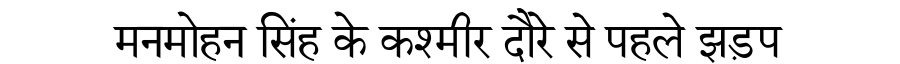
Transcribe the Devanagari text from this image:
मनमोहन सिंह के कश्मीर दौरे से पहले झड़प